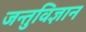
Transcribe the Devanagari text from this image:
जन्तुविज्ञान